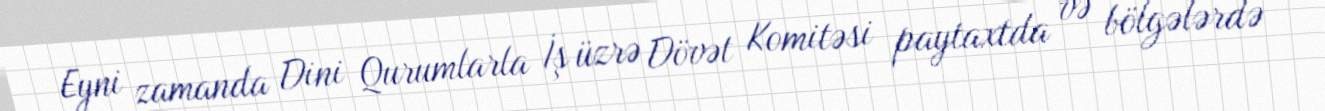
Eyni zamanda Dini Qurumlarla İş üzrə Dövət Komitəsi paytaxtda və bölgələrdə